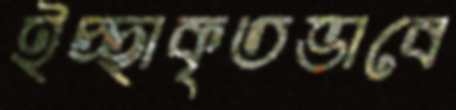
ইচ্ছাকৃতভাবে